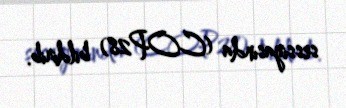
sessiyasında (COP28) bildirib.